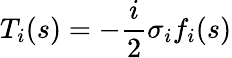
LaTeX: T_{i}(s)=-\frac{i}{2}\sigma_{i}f_{i}(s)